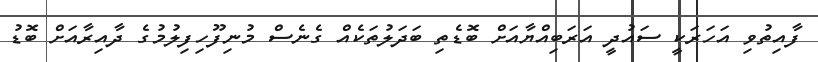
ފާއިތުވި އަހަރަކީ ސައުދީ އަރަބިއްޔާއަށް ބޮޑެތި ބަދަލުތަކެއް ގެނެސް މުނިފޫހިފިލުމުގެ ދާއިރާއަށް ބޮޑު